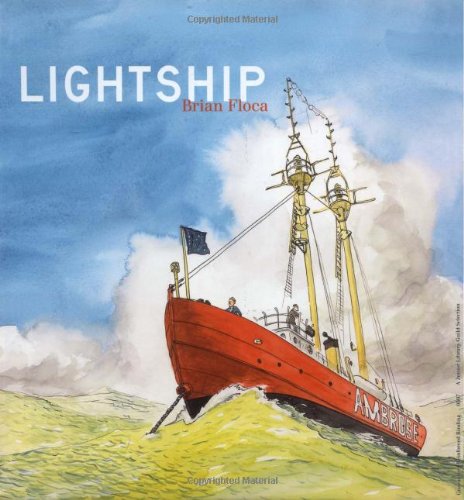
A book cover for Lightship; Brian Floca; Children's Books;